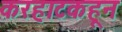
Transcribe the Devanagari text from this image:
करहाटकहून